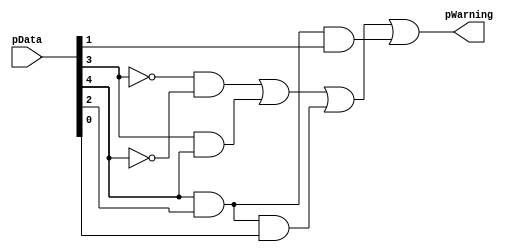
`timescale 1ns / 1ps
`default_nettype none

/*
**********************************************************
** Logic Design Final Project Fall, 2019 Semester
** Amirkabir University of Technology (Tehran Polytechnic)
** Department of Computer Engineering (CEIT-AUT)
** Logic Circuit Design Laboratory
** https://ceit.aut.ac.ir
**********************************************************
** Student ID: XXXXXXX
** Student ID: XXXXXXX
**********************************************************
** Module Name:PressureAnalyzer
**********************************************************
** Additional Comments:
*/

module PressureAnalyzer(
        pData,
        pWarning);
input [4:0] pData;
output pWarning;
assign pWarning = (~pData[3]&~pData[4])|(pData[3]&pData[4])|(pData[4]&pData[2]&pData[0])|(pData[4]&pData[2]&pData[1]);
endmodule